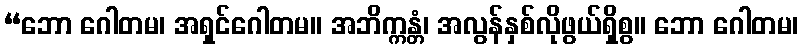
“ဘော ဂေါတမ၊ အရှင်ဂေါတမ။ အဘိက္ကန္တံ၊ အလွန်နှစ်လိုဖွယ်ရှိစွ။ ဘော ဂေါတမ၊